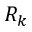
R _ { k }